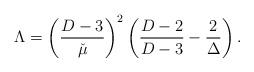
LaTeX: \begin{align*}\Lambda = \left(\frac{D-3}{\check\mu}\right)^2\left( \frac{D-2}{D-3} - \frac{2}{\Delta}\right).\end{align*}